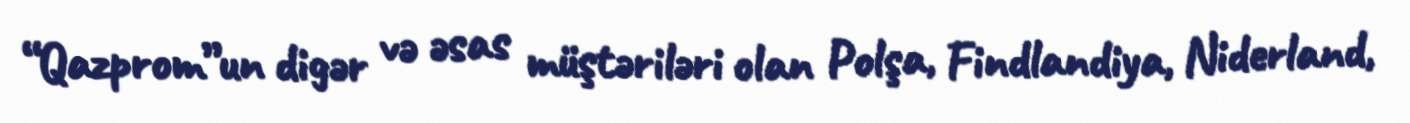
“Qazprom”un digər və əsas müştəriləri olan Polşa, Findlandiya, Niderland,